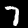
Digit: 7